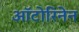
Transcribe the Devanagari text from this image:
ऑटोरिनेन